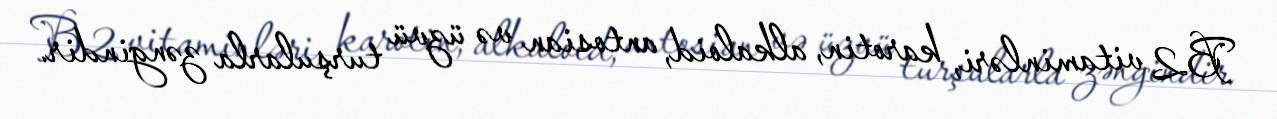
B2 vitaminləri, karotin, alkaloid, antosian və üzvü turşularla zəngindir.